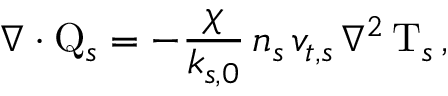
\nabla \cdot \mathrm { Q } _ { s } = - \frac { \chi } { k _ { s , 0 } } \, n _ { s } \, v _ { t , s } \, \nabla ^ { 2 } \, \mathrm { T } _ { s } \, ,